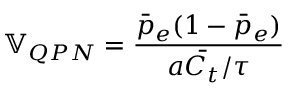
\mathbb { V } _ { Q P N } = \frac { \bar { p } _ { e } ( 1 - \bar { p } _ { e } ) } { a \bar { C _ { t } } / \tau }